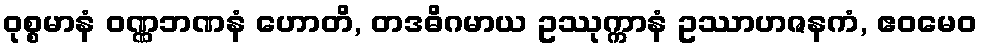
ဝုစ္စမာနံ ဝဏ္ဏဘဏနံ ဟောတိ, တဒဓိဂမာယ ဥဿုက္ကာနံ ဥဿာဟဇနကံ, ဧဝမေဝ